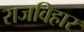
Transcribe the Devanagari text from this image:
राजविहार